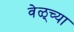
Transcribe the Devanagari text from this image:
वेळ्च्या